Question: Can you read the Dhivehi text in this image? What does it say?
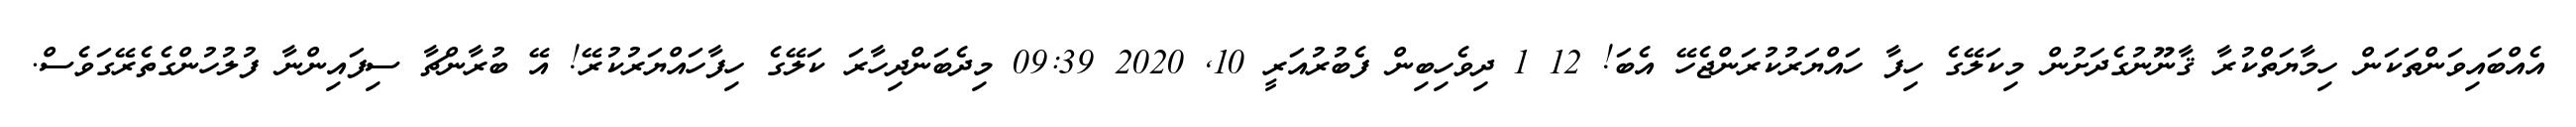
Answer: އެއްބައިވަންތަކަން ހިމާޔަތްކުރާ ޤާނޫނުގެދަށުން މިކަލޭގެ ހިފާ ހައްޔަރުކުރަންޖެހޭ އެބަ! 12 1 ދިވެހިބިން ފެބުރުއަރީ 10, 2020 09:39 މިދެބަންދިހާރަ ކަލޭގެ ހިފާހައްޔަރުކުރޭ! އޭ ބުރާންޗާ ސިފައިންނާ ފުލުހުންގެތެރޭގަވެސް.